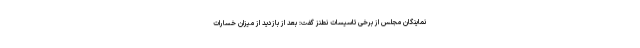
نماینگان مجلس از برخی تاسیسات نطنز گفت: بعد از بازدید از میزان خسارات